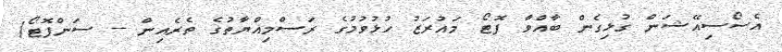
އެސޯސިއޭޝަން ގުޅިގެން ބާއްވާ ފޮޓޯ މައުރަޒު ހުޅުވުމުގެ ރަސްމިއްޔާތުގެ ތެރެއިން -- ސަންފޮޓޯ/